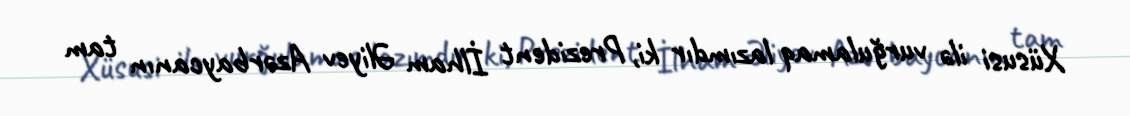
Xüsusi ilə vurğulamaq lazımdır ki, Prezident İlham Əliyev Azərbaycanın tam